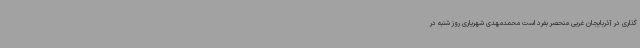
گذاری در آذربایجان غربی منحصر بفرد است محمدمهدی شهریاری روز شنبه در